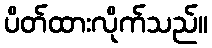
ပိတ်ထားလိုက်သည်။